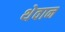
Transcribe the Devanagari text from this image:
थेवान